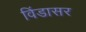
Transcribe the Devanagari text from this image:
विंडासर